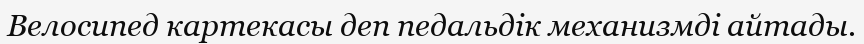
Велосипед картекасы деп педальдік механизмді айтады.